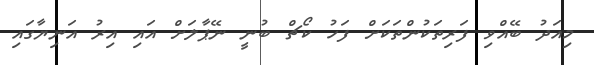
މިއަދު ބޭއްވި ފަރިތަކުންތަކަށް ފަހު ކޯޗް ބުނީ ނޭޕާލަށް އައި އިރު އަނިޔާގައި